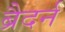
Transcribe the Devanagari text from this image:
ब्रैदर्न